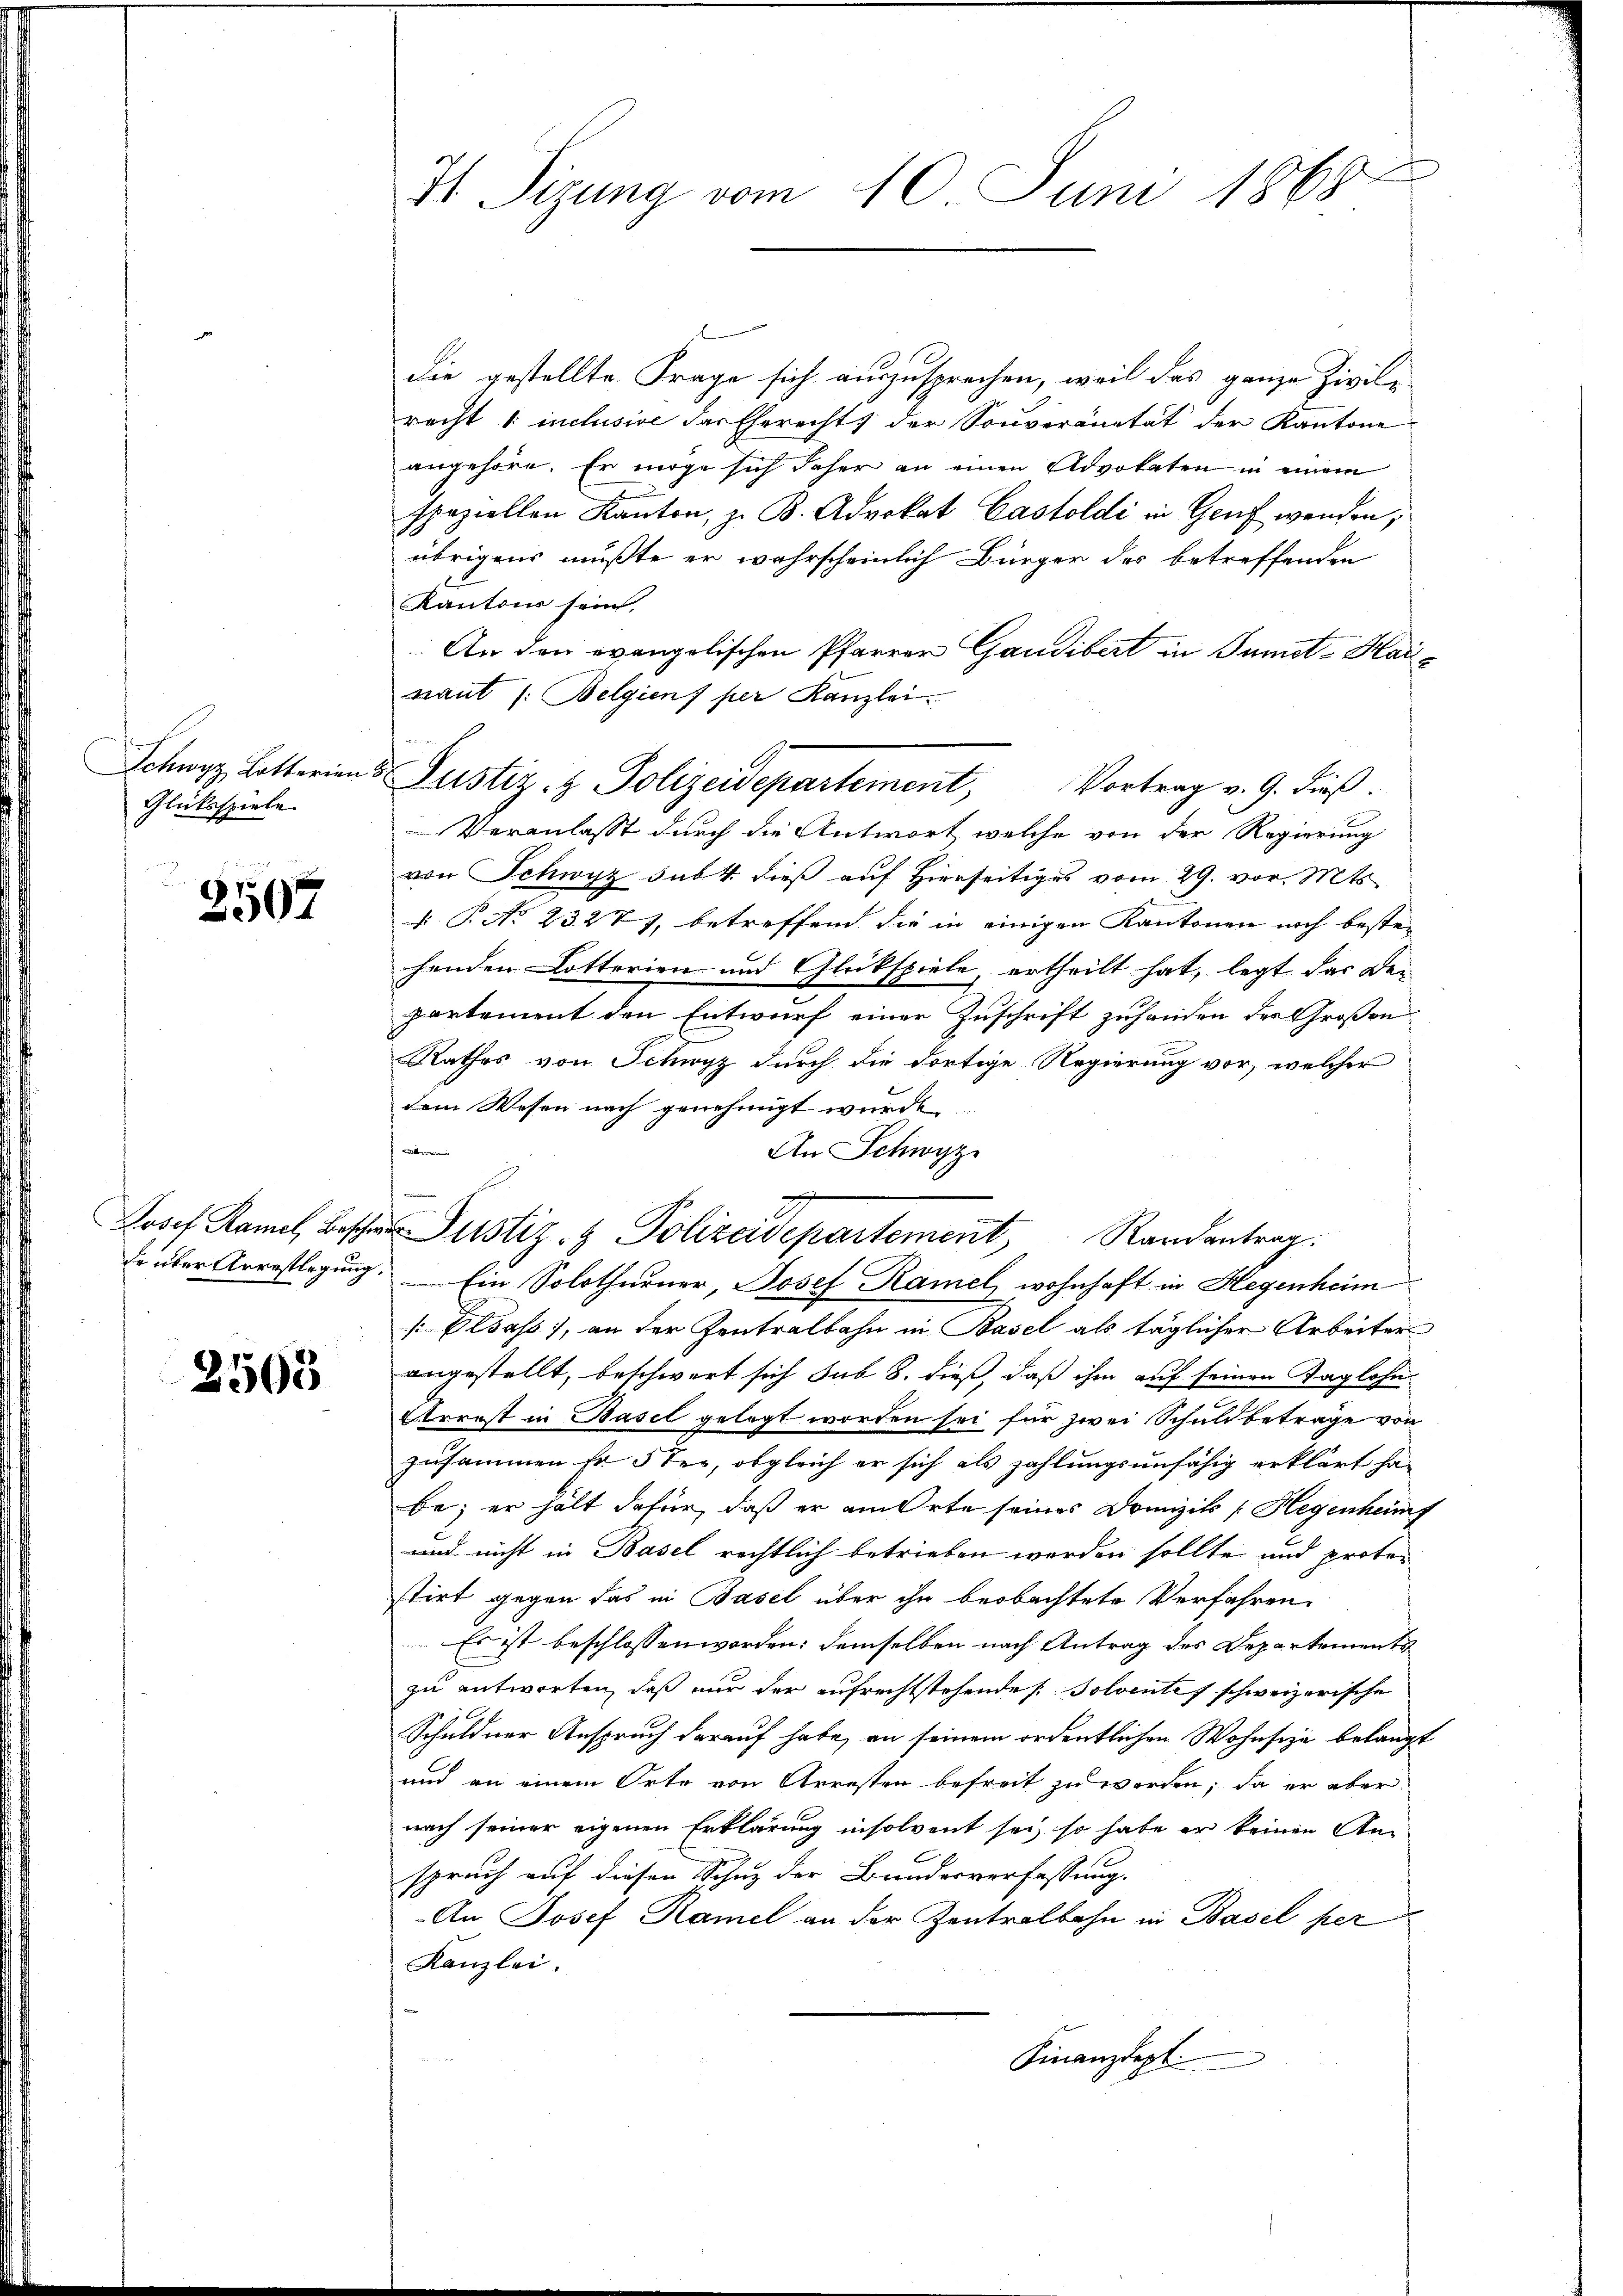
Schwyz Lotterien
Glücksspiele

2507

de über Arrestlegung.

2503

.
71 Sizung vom 10. Juni 1868

die gestellte Frage sich auszusprechen, weil das ganze Zivile
recht 1 inclusive der Eherecht der Souveränität der Kantone
angehöre. Er möge sich daher an einen Advokaten in einem
speziellen Kanton, z. B. Advokat Castoldi in Genf wenden;
übrigens mußte er wahrscheinlich Bürger des betreffenden
Kantons sein,
An den evangelischen Pfarrer Gaudibert in Tuniet-Kainant /: Belgien per Kanzlei.
Veranlasst durch die Antwort, welche von der Regierung
von Schwyz sub 4. dieß auf Hierseitiges vom 29. vor. Mts.
§ P. No 2327), betreffend die in einigen Kantonen noch beste- |
henden Lotterien und Glückspiele, ertheilt hat, legt das Dei
partement den Entwurf einer Zuschrift zuhanden der Großen
Rathes von Schwyz durch die dortige Regierung vor, welcher
dem Wesen nach genehmigt wurde,
fonen
An Schwyz
2
Josef Ramel besche Justiz- & Polizeidepartement Randantrag.
 Ein Solothurner, Josef Ramel, wohnhaft in Hegenheim
[Elsass, an der Zentralbahn in Basel als täglicher Arbeiter
angestellt, beschwert sich sub 8. dieß, daß ihm auf seinen Taglohn
Arrest in Basel gelegt worden sei für zwei Schuldbeträge von
zusammen Fr. 5 ter, obgleich er sich als zahlungsunfähig erklärt habe; er hält dafür, daß er am Orte seines Domizil [Hegenheim
und nicht in Basel rechtlich betrieben worden sollte und protostirt gegen das in Basel über ihn beobachtete Verfahren.
Es ist beschlossen worden: demselben nach Antrag des Departements
zu antworten, daß nur der aufrechtstehendes Polventes schweizerische
Schuldner Anspruch darauf habe, an seinem ordentlichen Wohnsiza belangt
und an einem Orte von Arresten befreit zu werden; da er aber
nach seiner eigenen Erklärung insolvent sei, so habe er keinen An-
spruch auf diesen Schuz der Bundesverfassung.
An Josef Ramel an der Zentralbahn in Basel per
Kanzlei.
Finanzdept.

s Justiz & Polizeidepartement, Vortrag v. 9. dieß.

i